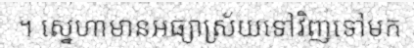
។ ស្នេហាមានអធ្យាស្រ័យទៅវិញទៅមក